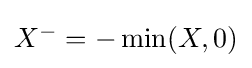
{\textstyle X^{-}=-\min(X,0)}